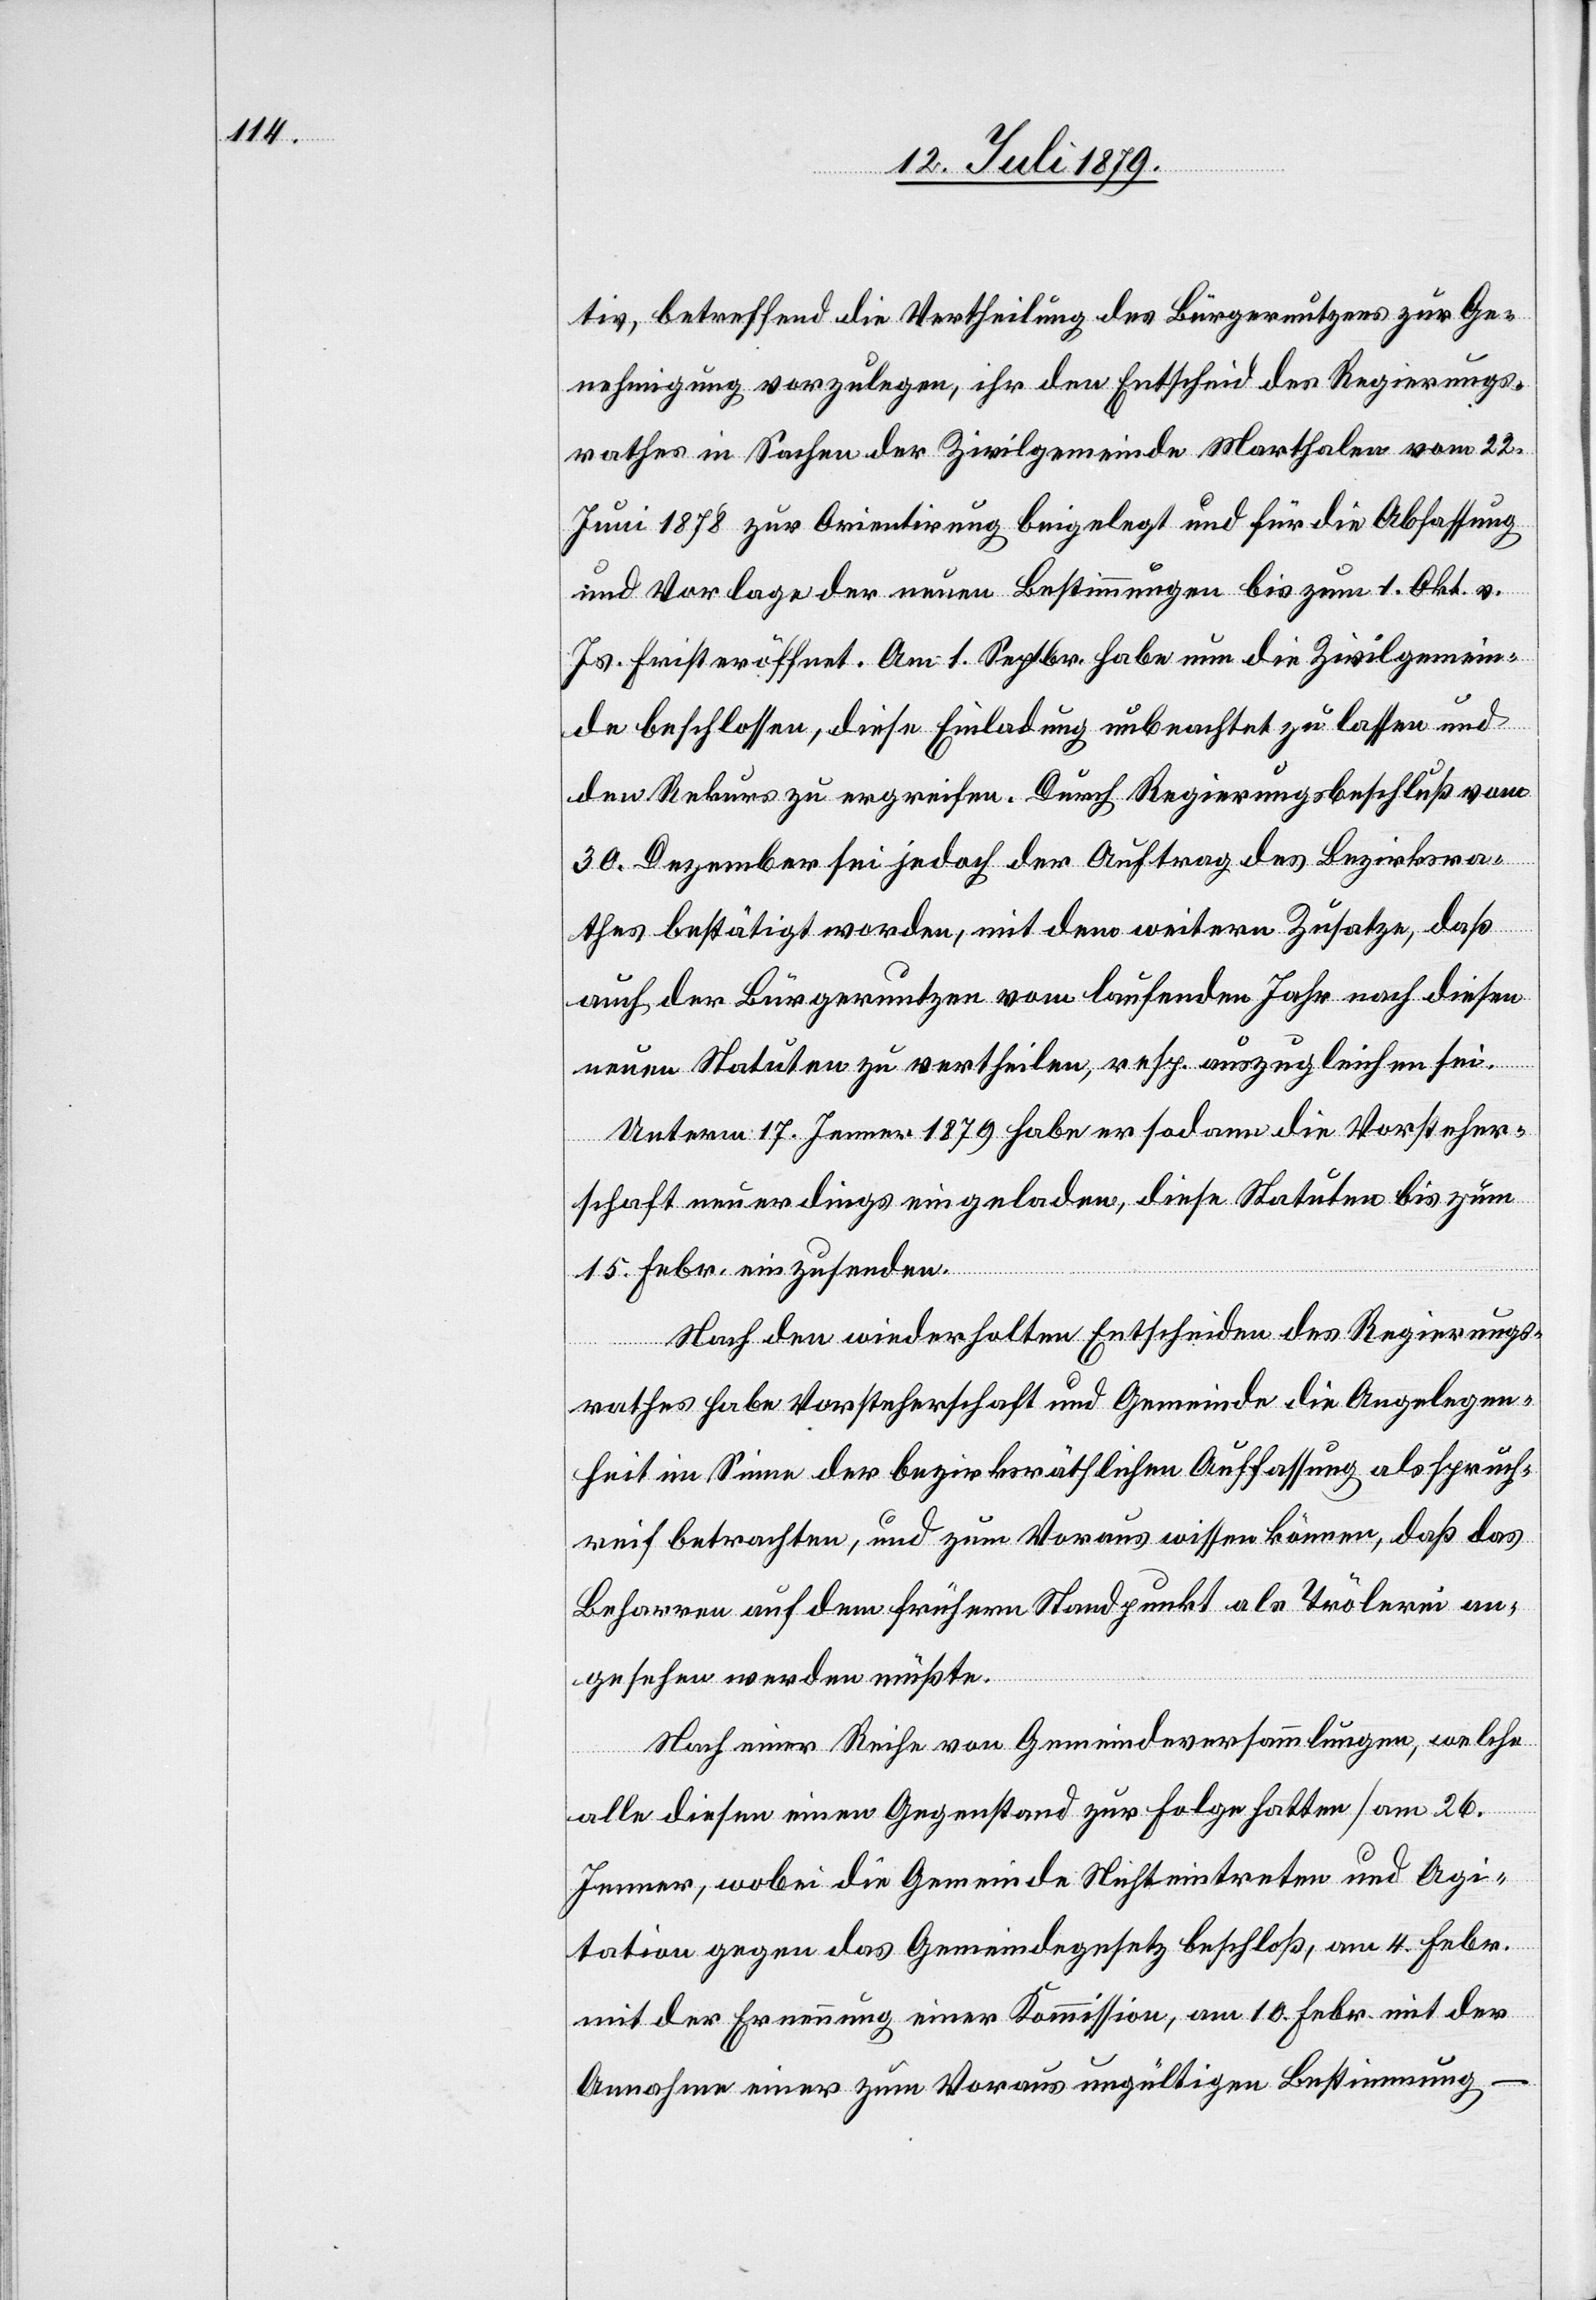
tiv, betreffend die Vertheilung des Bürgernutzens zur Ge¬
nehmigung vorzulegen, ihr den Entscheid des Regierungs¬
rathes in Sachen der Zivilgemeinde Marthalen vom 22.
Juni 1878 zur Orientirung beigelegt und für die Abfassung
und Vorlage der neuen Bestimmungen bis zum 1. Okt. v.
Js. Frist eröffnet. Am 1. Septbr. habe nun die Zivilgemein¬
de beschlossen, diese Einladung unbeachtet zu lassen und
den Rekurs zu ergreifen. Durch Regierungsbeschluß vom
30. Dezember sei jedoch der Auftrag des Bezirksra¬
thes bestätigt worden, mit dem weitern Zusatze, daß
auch der Bürgernutzen vom laufenden Jahr nach diesen
neuen Statuten zu vertheilen, resp. auszugleichen sei.
Unterm 17. Jenner 1879 habe er sodann die Vorsteher¬
schaft neuerdings eingeladen, diese Statuten bis zum
15. Febr. einzusenden.
Nach den wiederholten Entscheiden des Regierungs¬
rathes habe Vorsteherschaft und Gemeinde die Angelegen¬
heit im Sinne der bezirksräthlichen Auffassung als spruch¬
reif betrachten, und zum Voraus wissen können, daß das
Beharren auf dem frühern Standpunkt als Trölerei an¬
gesehen werden müßte.
Nach einer Reihe von Gemeindeversammlungen, welche
alle diesen einen Gegenstand zur folge hatten [am 26.
Jenner, wobei die Gemeinde Nichteintreten und Agi¬
tation gegen das Gemeindegesetz beschloß, am 4. Febr.
mit der Ernennung einer Kommission, am 10. Febr. mit der
Annahme einer zum Voraus ungültigen Bestimmung